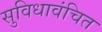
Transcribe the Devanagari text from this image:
सुविधावंचित